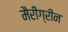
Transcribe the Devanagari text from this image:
मैरीग्रीन